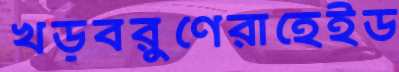
খড়বরুণেরাহেইড